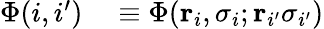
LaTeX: \begin{array}{rl}{\Phi(i,i^{\prime})}&{{}\equiv\Phi(\mathbf{r}_{i},\sigma_{i};\mathbf{r}_{i^{\prime}}\sigma_{i^{\prime}})}\end{array}